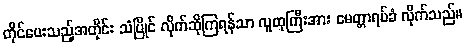
တိုင်ပေးသည့်အတိုင်း သံပြိုင် လိုက်ဆိုကြရန်သာ လူထုကြီးအား မေတ္တာရပ်ခံ လိုက်သည်။